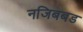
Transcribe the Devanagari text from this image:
नजिबबड